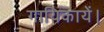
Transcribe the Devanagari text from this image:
गायिकायें।